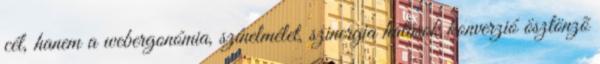
cél, hanem a webergonómia, színelmélet, szinergia hatások konverzió ösztönzõ